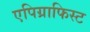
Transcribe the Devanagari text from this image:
एपिग्राफिस्ट